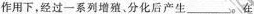
作用下，经过一系列增殖。分化后产生_______。在